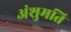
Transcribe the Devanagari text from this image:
अंशुमति